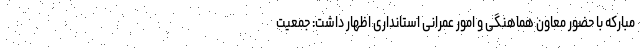
مبارکه با حضور معاون هماهنگی و امور عمرانی استانداری اظهار داشت: جمعیت